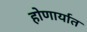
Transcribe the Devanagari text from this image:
होणार्यात